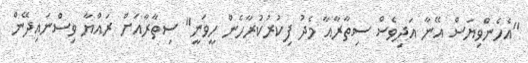
"އެހެންވިޔަސް އޭނާ އަދިވެސް ސިތާރާއާ މެދު ފިކުރުކުރާހެން ހީވަނީ" ސިތާރާއަށް ރައްޔާ ވިސްނައިދޭން